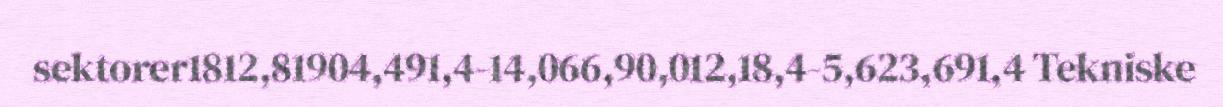
sektorer1812,81904,491,4-14,066,90,012,18,4-5,623,691,4 Tekniske